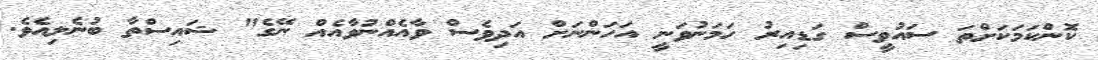
ކޮންކަމަކަށްތަ ސައުވީސް ގަޑިއިރު ހަމަނުވަނީ އަހަންނަށް އަދިވެސް ވާއެއްނުވާއެއް ނޭގެ" ޝައިސްތާ ބުނެލިއެވެ.